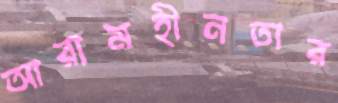
আরামহীনতার